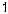
1